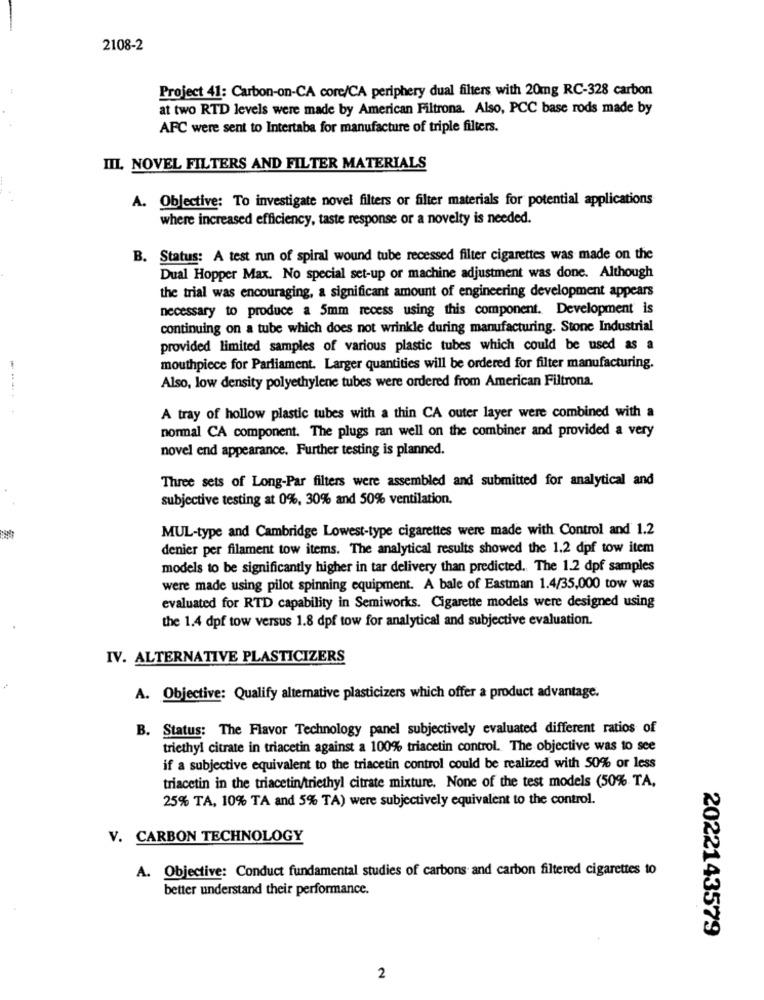
2108-2
Project 41: Carbon-on-CA core/CA periphery dual filters with 20mg RC-328 carbon
at two RTD levels were made by American Filtrona. Also, PCC base rods made by
AFC were sent to Intertaba for manufacture of triple filters.
III. NOVEL FILTERS AND FILTER MATERIALS
A. Objective: To investigate novel filters or filter materials for potential applications
where increased efficiency, taste response or a novelty is needed.
B. Status: A test run of spiral wound tube recessed filter cigarettes was made on the
Dual Hopper Max. No special set-up or machine adjustment was done. Although
the trial was encouraging, a significant amount of engineering development appears
necessary to produce a 5mm recess using this component. Development is
continuing on a tube which does not wrinkle during manufacturing. Stone Industrial
provided limited samples of various plastic tubes which could be used as a
mouthpiece for Parliament. Larger quantities will be ordered for filter manufacturing.
Also, low density polyethylene tubes were ordered from American Filtrona.
A tray of hollow plastic tubes with a thin CA outer layer were combined with a
normal CA component. The plugs ran well on the combiner and provided a very
novel end appearance. Further testing is planned.
Three sets of Long-Par filters were assembled and submitted for analytical and
subjective testing at 0%, 30% and 50% ventilation.
MUL-type and Cambridge Lowest-type cigarettes were made with Control and 1.2
denier per filament tow items. The analytical results showed the 1.2 dpf tow item
models to be significantly higher in tar delivery than predicted. The 1.2 dpf samples
were made using pilot spinning equipment. A bale of Eastman 1.4/35,000 tow was
evaluated for RTD capability in Semiworks. Cigarette models were designed using
the 1.4 dpf tow versus 1.8 dpf tow for analytical and subjective evaluation.
IV. ALTERNATIVE PLASTICIZERS
A. Objective: Qualify alternative plasticizers which offer a product advantage.
B. Status: The Flavor Technology panel subjectively evaluated different ratios of
triethyl citrate in triacetin against a 100% triacetin control. The objective was to see
if a subjective equivalent to the triacetin control could be realized with 50% or less
triacetin in the triacetin/triethyl citrate mixture. None of the test models (50% TA,
25% TA, 10% TA and 5% TA) were subjectively equivalent to the control.
V. CARBON TECHNOLOGY
A. Objective: Conduct fundamental studies of carbons and carbon filtered cigarettes to
better understand their performance.
2022143579
2